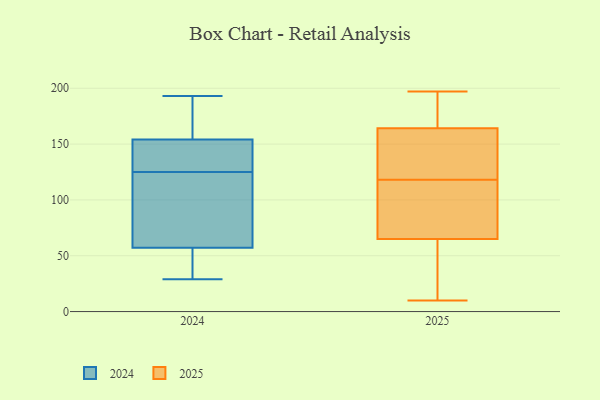
{"axis": {"x": "Market Share (%)", "y": "Value"}, "legend": ["2024", "2025"], "data": [{"x": "", "y": 159, "type": "2025"}, {"x": "", "y": 35, "type": "2025"}, {"x": "", "y": 149, "type": "2025"}, {"x": "", "y": 102, "type": "2025"}, {"x": "", "y": 34, "type": "2025"}, {"x": "", "y": 197, "type": "2025"}, {"x": "", "y": 35, "type": "2025"}, {"x": "", "y": 195, "type": "2025"}, {"x": "", "y": 10, "type": "2025"}, {"x": "", "y": 180, "type": "2025"}, {"x": "", "y": 75, "type": "2025"}, {"x": "", "y": 118, "type": "2025"}, {"x": "", "y": 102, "type": "2025"}, {"x": "", "y": 145, "type": "2025"}, {"x": "", "y": 110, "type": "2025"}, {"x": "", "y": 188, "type": "2025"}, {"x": "", "y": 141, "type": "2025"}, {"x": "", "y": 31, "type": "2024"}, {"x": "", "y": 134, "type": "2024"}, {"x": "", "y": 186, "type": "2024"}, {"x": "", "y": 82, "type": "2024"}, {"x": "", "y": 193, "type": "2024"}, {"x": "", "y": 189, "type": "2024"}, {"x": "", "y": 61, "type": "2024"}, {"x": "", "y": 29, "type": "2024"}, {"x": "", "y": 56, "type": "2024"}, {"x": "", "y": 148, "type": "2024"}, {"x": "", "y": 181, "type": "2024"}, {"x": "", "y": 49, "type": "2024"}, {"x": "", "y": 49, "type": "2024"}, {"x": "", "y": 156, "type": "2024"}, {"x": "", "y": 123, "type": "2024"}, {"x": "", "y": 127, "type": "2024"}, {"x": "", "y": 125, "type": "2024"}, {"x": "", "y": 114, "type": "2024"}, {"x": "", "y": 125, "type": "2024"}]}